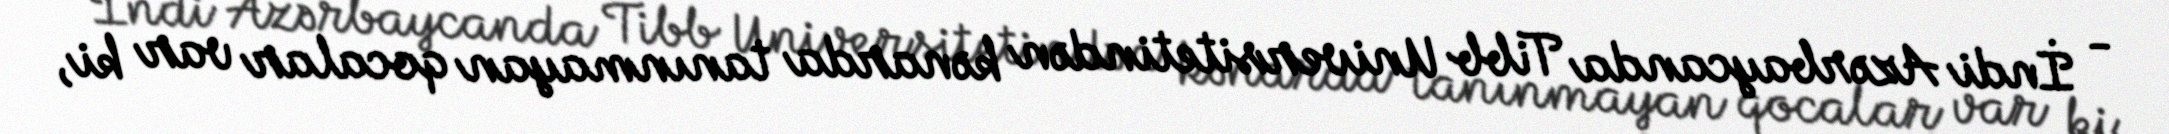
- İndi Azərbaycanda Tibb Universitetindən kənarda tanınmayan qocalar var ki,